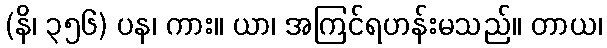
(နိ၊ ၃၅၆) ပန၊ ကား။ ယာ၊ အကြင်ရဟန်းမသည်။ တာယ၊